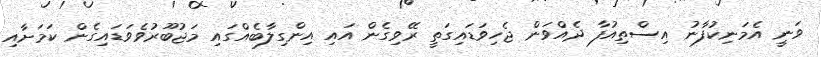
ވަނީ އެމަނިކުފާނު އިސްތިއުފާ ދެއްވަން ޖެހިވަޑައިގަތީ ރޭވިގެން އައި އިންގިލާބެއްގައި މަޖުބޫރުވެވަޑައިގެން ކަމަށާއި